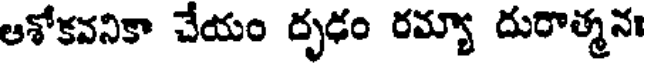
ఆశోకవనికా చేయం దృఢం రమ్యా దురాత్మనః